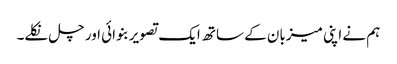
ہم نے اپنی میزبان کے ساتھ ایک تصویر بنوائی اور چل نکلے۔